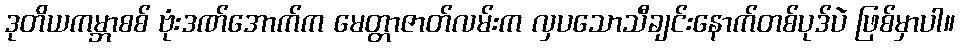
ဒုတိယကမ္ဘာစစ် ဗုံးဒဏ်အောက်က မေတ္တာဇာတ်လမ်းက လှပသောသီချင်းနောက်တစ်ပုဒ်ပဲ ဖြစ်မှာပါ။